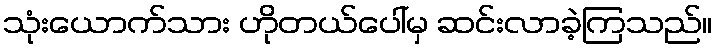
သုံးယောက်သား ဟိုတယ်ပေါ်မှ ဆင်းလာခဲ့ကြသည်။